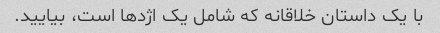
با یک داستان خلاقانه که شامل یک اژدها است، بیایید.